Plague in India, 1896, 1897 - Volume 1
Year: 1896
Disease focus: Plague
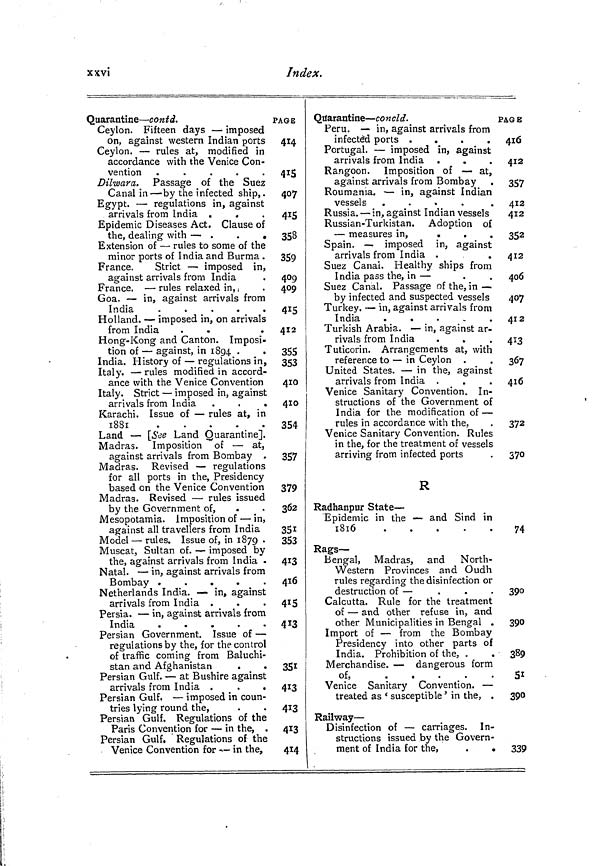
xxvi
Index.
Quarantine — contd.
Ceylon. Fifteen days — imposed
on, against western Indian ports
Ceylon. — rules at, modified in
accordance with the Venice Con-
vention
Dilwara . Passage of the Suez
Canal in — by the infected ship,.
Egypt. — regulations in, against
arrivals from India .
.
Epidemic Diseases Act. Clause of
the, dealing with — .
.
.
Extension of — rules to some of the
minor ports of India and Burma .
France. strict - imposed in,
against arrivals from India
France, — rules relaxed in, ,
Goa. — in, against arrivals from
Tndia
-
*
.
4
•
Holland. — imposed in, on arrivals
from India
Hong-Kong and Canton. Imposi-
tion of — against, in 1894 .
India. History of — regulations in,
Italy. — rules modified in accord-
ance with the Venice Convention
Italy. Strict — imposed in, against
arrivals from India .
.
.
Karachi. Issue of — rules at, in
1881
.
.
.
. m .
Land — [See Land Quarantine].
Madras. Imposition of — at.
against arrivals from Bombay .
Madras. Revised — regulations
for all ports in the, Presidency
based on the Venice Convention
Madras. Revised — rules issued
by the Government of,
.
Mesopotamia, imposition of — in,
against all travellers from India
Model — rules. Issue of, in 1879 .
Muscat, Sultan of. — imposed by
the, against arrivals from India -
Natal. — in, against arrivals from
Bombay .
.
.
.
.
Netherlands India. — in, against
arrivals from India .
.
.
Persia. — in, against arrivals from
India
.
.
.
.
.
Persian Government. Issue of —
regulations by the, for the control
of traffic coming from Baluchi-
stan and Afghanistan
Persian Gulf. — at Bushire against
arrivals from India .
Persian Gulf. — imposed in coun-
tries lying round the,
Persian Gulf. Regulations of the
Paris Convention for — in the, .
Persian Gulf. Regulations of the
Venice Convention for — in the,
PAGE
414
414
4 I 5
407
415
358
359
409
409
A T r*
4 T 5
412
355
353
410
410
354
357
379
362
35i
353
413
416
4.1 5
413
351
413
413
413
414
Quarantine — concld.
Peru. — in, against arrivals from
infected ports .
.
.
.
Portugal. — imposed in, against
arrivals from India .
Rangoon. Imposition of — at,
against arrivals from Bombay
Roumania. — in, against Indian
vessels .
Russia. — in, against Indian vessels
Russian-Turkistan. Adoption of
— measures in,
.
.
.
Spain. — imposed in, against
arrivals from India .
Suez Canal. Healthy ships from
India pass the, in —
Suez Canal. Passage of the, in —
by infected and suspected vessels
Turkey. — in, against arrivals from
iNDIA
India
.
.
.
.
.
Turkish Arabia. — in, against ar-
rivals from India
.
.
Tuticorin. Arrangements at, with
reference to — in Ceylon .
United States. — in the, against
arrivals from India .
Venice Sanitary Convention. In-
structions of the Government of
India for the modification of —
rules in accordance with the,
Venice Sanitary Convention. Rules
in the, for the treatment of vessels
arriving from infected ports
Radhanpur State —
Epidemic in the — and Sind in
1816
Rags —
Bengal, Madras, and North-
Western Provinces and Oudh
rules regarding the disinfection or
destruction of —
Calcutta. Rule for the treatment
of — and other refuse in, and
other Municipalities in Bengal .
Import of — from the Bombay
Presidency into other parts of
India. Prohibition of the, .
.
Merchandise. — dangerous form
of,
Venice Sanitary Convention. —
treated as ' susceptible ' in the, .
Railway —
Disinfection of — carriages. In-
structions issued by the Govern-
ment of India for the,
.
.
PAGE
416
412
357
412
412
352
412
406
407
412
413
367
416
372
370
74
390
390
389
51
390
339